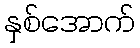
နှစ်အောက်